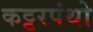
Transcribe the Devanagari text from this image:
कट्टरपंथो